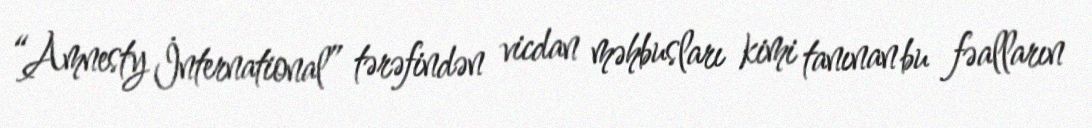
“Amnesty İnternational” tərəfindən vicdan məhbusları kimi tanınan bu fəalların